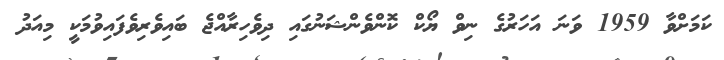
ކަމަށްވާ 1959 ވަނަ އަހަރުގެ ނިވް ޔޯކް ކޮންވެންޝަނުގައި ދިވެހިރާއްޖެ ބައިވެރިވެފައިވުމަކީ މިއަދު